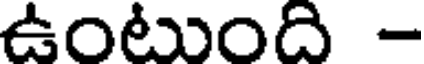
ఉంటుంది -